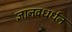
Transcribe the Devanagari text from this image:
ज्ञानवधर्धन